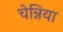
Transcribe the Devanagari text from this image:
चेन्निया